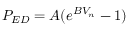
P _ { E D } = A ( e ^ { B V _ { n } } - 1 )